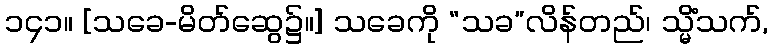
၁၄၁။ [သခေ-မိတ်ဆွေ၌။] သခေကို “သခ”လိန်တည်၊ သ္မိံသက်,